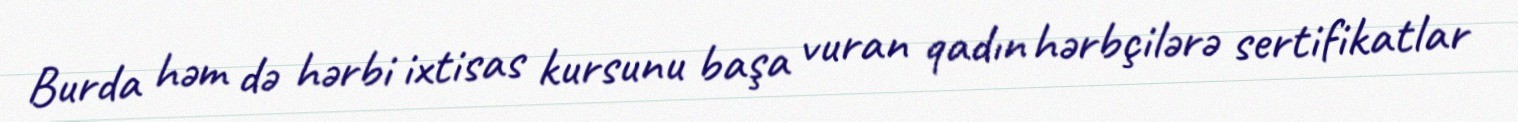
Burda həm də hərbi ixtisas kursunu başa vuran qadın hərbçilərə sertifikatlar